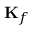
\mathbf { K } _ { f }